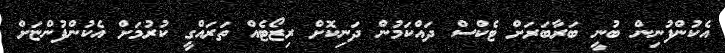
އެކުންފުނިން ބުނީ ބަރާބަރަށް ޓެކްސް ދައްކަމުން ދަނިކޮށް ރިޒޯޓެއް ތަރައްގީ ކުރުމަށް އެކުންފުންޏަށް